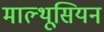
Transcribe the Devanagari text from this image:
माल्थूसियन